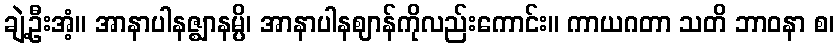
ချဲ့ဦးအံ့။ အာနာပါနဇ္ဈာနမ္ပိ၊ အာနာပါနဈာန်ကိုလည်းကောင်း။ ကာယဂတာ သတိ ဘာဝနာ စ၊